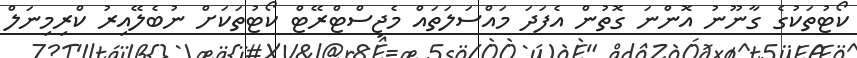
ކޯޓުތަކުގެ ގާނޫނު އޮންނަ ގޮތުން އެފަދަ މައްސަލަތައް މެޖިސްޓްރޭޓް ކޯޓުތަކަށް ނުބެލޭއިރު ކްރިމިނަލް